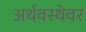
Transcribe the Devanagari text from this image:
अर्थवस्थेवर